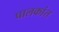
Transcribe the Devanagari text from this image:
पालकांत